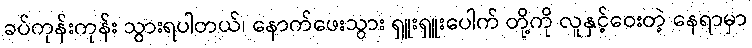
ခပ်ကုန်းကုန်း သွားရပါတယ်၊ နောက်ဖေးသွား ရှူးရှူးပေါက် တို့ကို လူနှင့်ဝေးတဲ့ နေရာမှာ